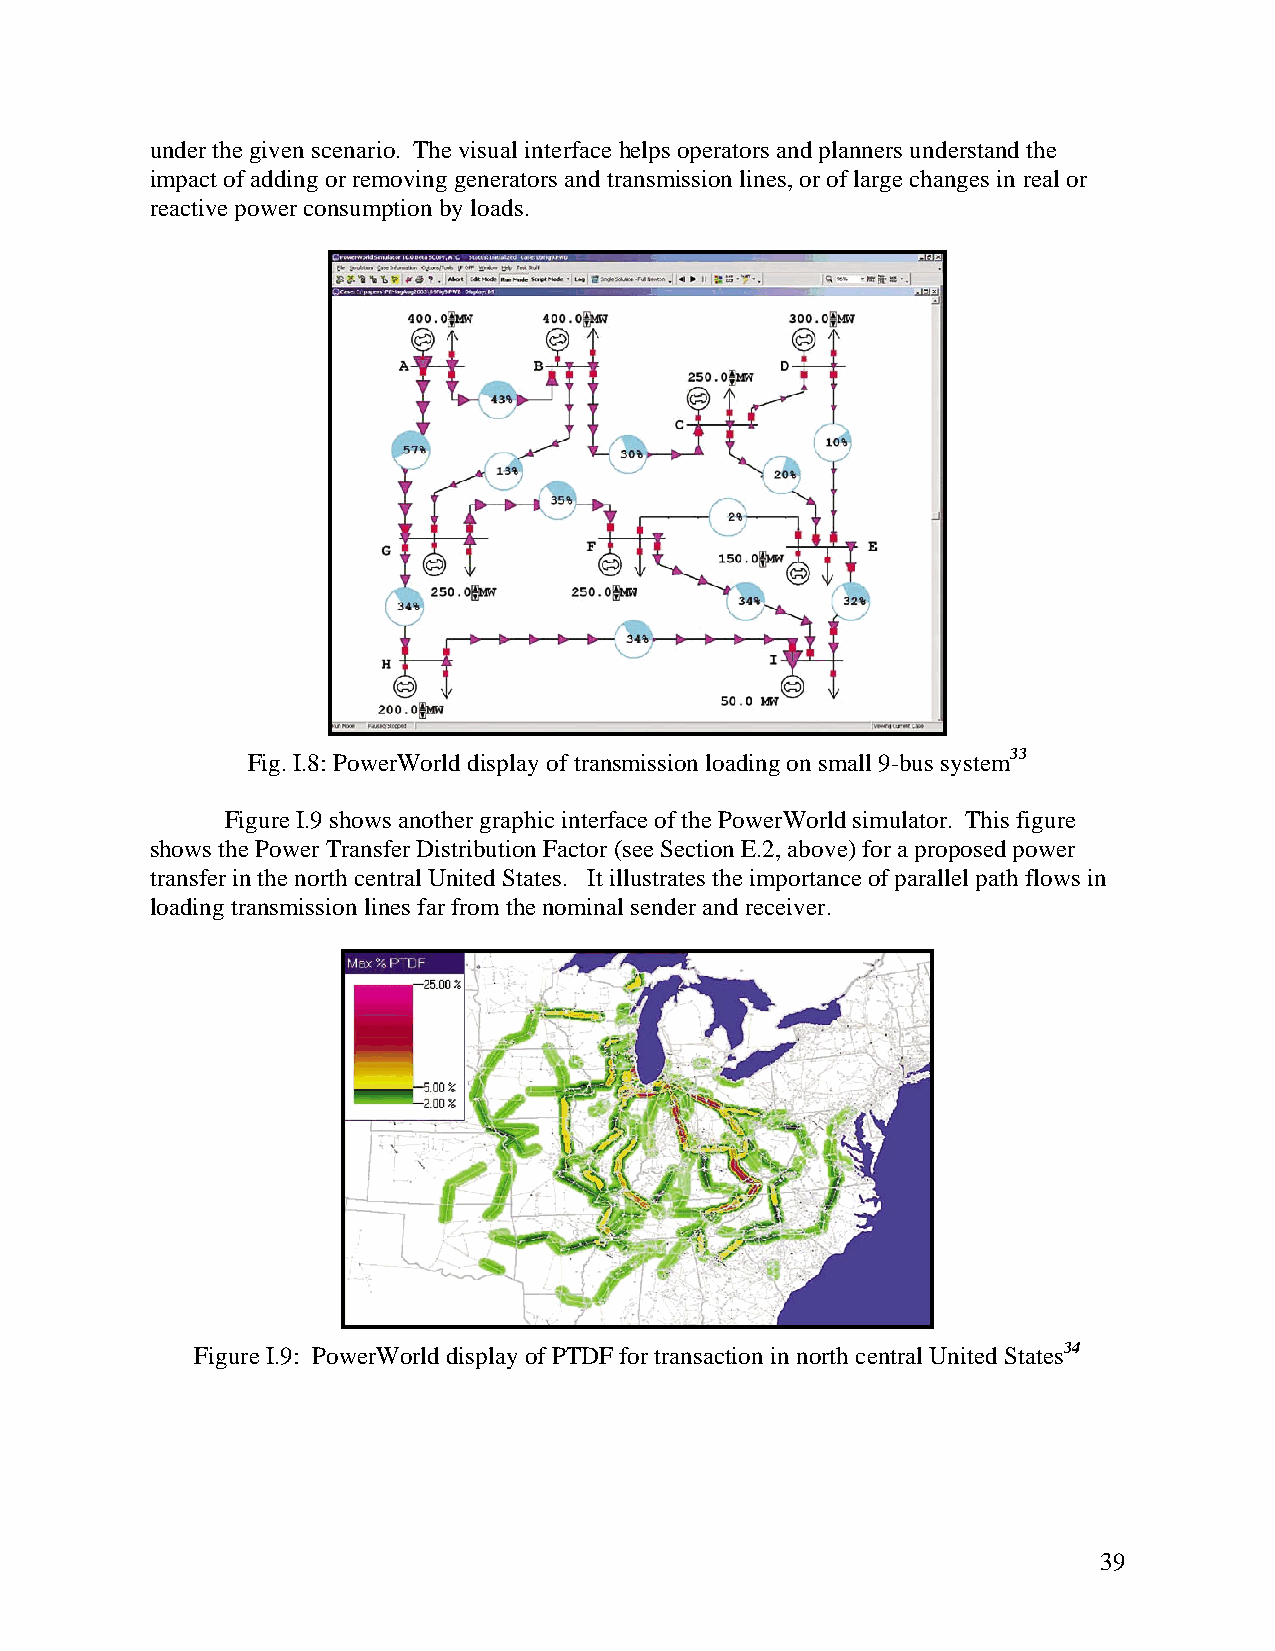
under the given scenario. The visual interface helps operators and planners understand the
 impact of adding or removing generators and transmission lines, or of large changes in real or
 reactive power consumption by loads.
 Fig. I.8: PowerWorld display of transmission loading on small 9-bus system33
 Figure I.9 shows another graphic interface of the PowerWorld simulator. This figure
 shows the Power Transfer Distribution Factor (see Section E.2, above) for a proposed power
 transfer in the north central United States. It illustrates the importance of parallel path flows in
 loading transmission lines far from the nominal sender and receiver.
 Figure I.9: PowerWorld display of PTDF for transaction in north central United States34
 39